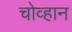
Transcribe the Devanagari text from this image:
चोव्हान